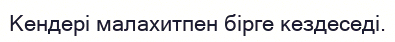
Кендері малахитпен бірге кездеседі.